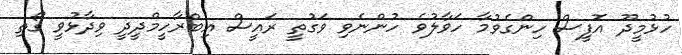
ހުޅުމީދޫ އޮފީސް ހިންގެވުމާ ހަވާލުވެ ހުންނެވި ވަގުތީ ރައީސް އިބްރާހީމްދީދީ ވިދާޅުވީ ގޯތި